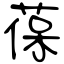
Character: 葆